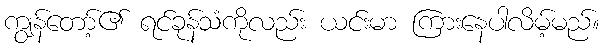
ကျွန်တော့်၏ ရင်ခုန်သံကိုလည်း ယင်းမာ ကြားနေပါလိမ့်မည်။